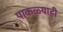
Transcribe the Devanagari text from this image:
पाकळ्याही